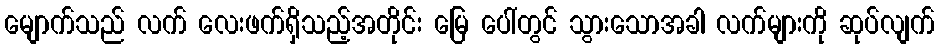
မျောက်သည် လက် လေးဖက်ရှိသည့်အတိုင်း မြေ ပေါ်တွင် သွားသောအခါ လက်များကို ဆုပ်လျက်